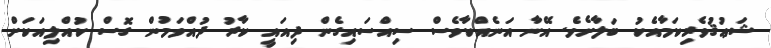
ޝަޢުޤުވެރިކަމާއެކު ބަލާށެވެ. އޭނާ އަނެއްކާވެސް ސިއްސައިގެން ދިއައީ ކާރު ދުއްވަމުން ގޮސް ކުއްލިއަކަށް